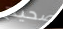
صحيح